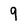
Character: 9